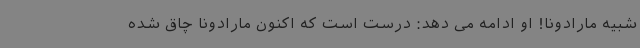
شبیه مارادونا! او ادامه می دهد: درست است که اکنون مارادونا چاق شده